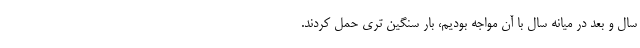
سال و بعد در میانه سال با آن مواجه بودیم، بار سنگین تری حمل کردند.